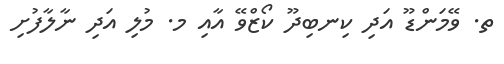
ތ. ވޭމަންޑޫ އަދި ކިނބިދޫ ކޯޒްވޭ އާއި މ. މުލި އަދި ނާލާފުށި